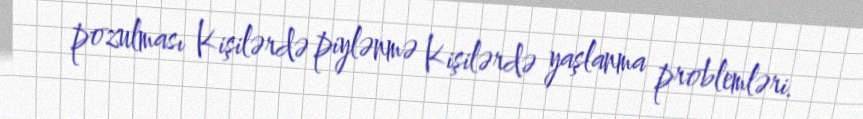
pozulması Kişilərdə piylənmə Kişilərdə yaşlanma problemləri.